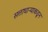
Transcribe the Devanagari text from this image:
सत्ताधाऱ्याकडून